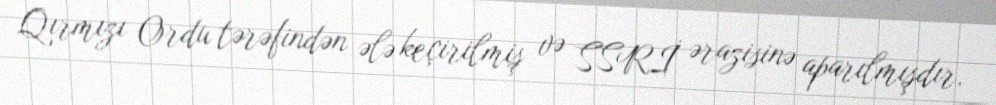
Qırmızı Ordu tərəfindən ələ keçirilmiş və SSRİ ərazisinə aparılmışdır.